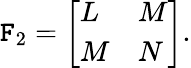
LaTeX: \mathtt{F}_{2}={\left[\begin{array}{ll}{L}&{M}\\ {M}&{N}\end{array}\right]}.